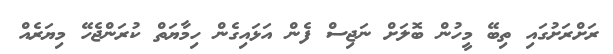
ރަށްރަށުގައި ތިބޭ މީހުން ބޮލަށް ނަޖިސް ފެން އަޅައިގެން ހިމާޔަތް ކުރަންޖެހޭ މިޔަރެއް